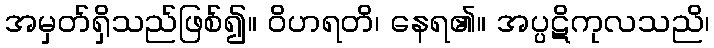
အမှတ်ရှိသည်ဖြစ်၍။ ဝိဟရတိ၊ နေရ၏။ အပ္ပဋိကုလသညိ၊